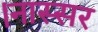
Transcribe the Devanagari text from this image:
।नास्सर